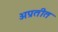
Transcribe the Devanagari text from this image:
अप्रतीत